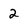
Character: 2